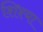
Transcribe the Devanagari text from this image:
शिश्या